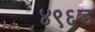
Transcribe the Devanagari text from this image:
४९६ड